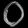
Digit: ၀